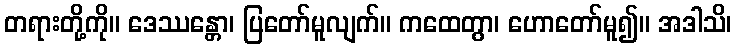
တရားတို့ကို။ ဒေဿန္တော၊ ပြတော်မူလျက်။ ကထေတွာ၊ ဟောတော်မူ၍။ အဒါသိ၊